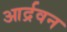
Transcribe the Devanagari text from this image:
आर्द्रवन